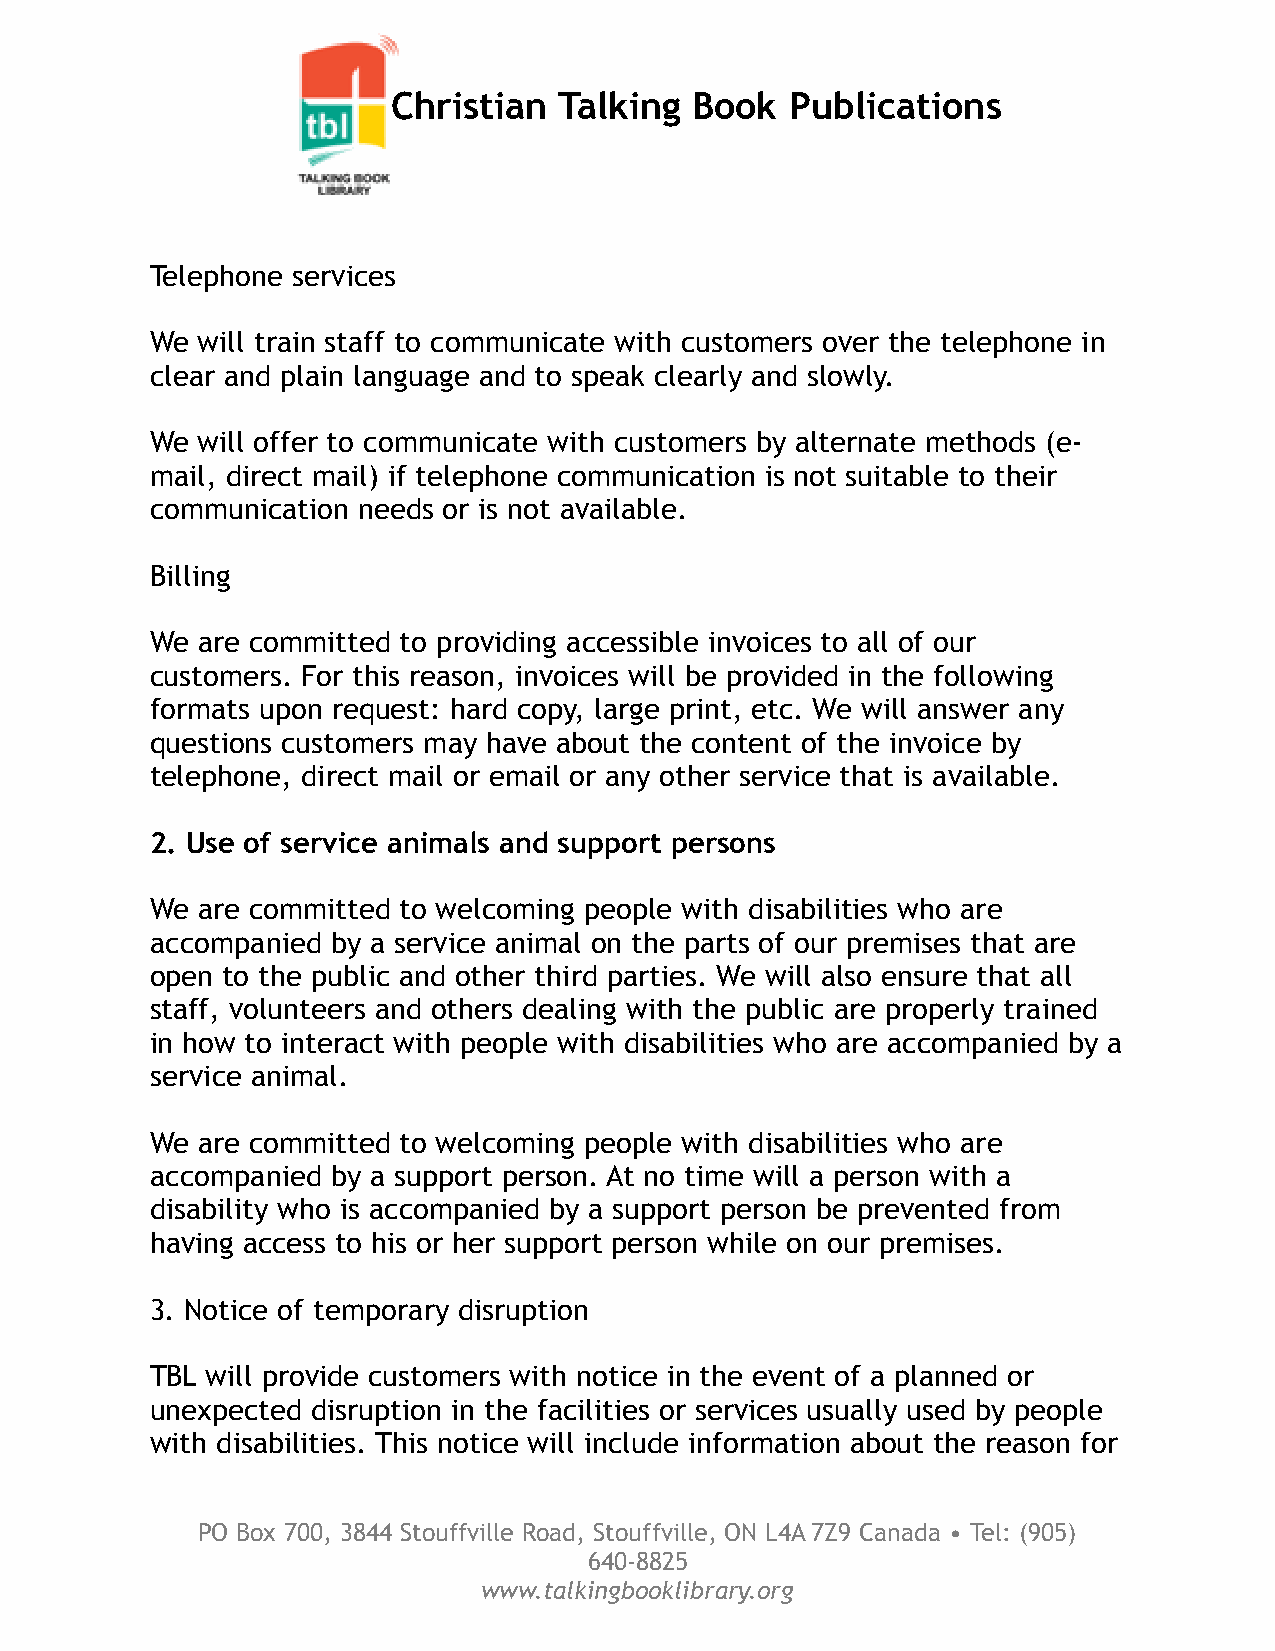
Christian  Talking  Book  Publications
 Telephone services
 We will train staff to communicate with customers over the telephone in
 clear and plain language and to speak clearly and slowly.
 We will offer to communicate with customers by alternate methods (e-
 mail, direct mail) if telephone communication is not suitable to their
 communication needs or is not available.
 Billing
 We are committed to providing accessible invoices to all of our
 customers. For this reason, invoices will be provided in the following
 formats upon request: hard copy, large print, etc. We will answer any
 questions customers may have about the content of the invoice by
 telephone, direct mail or email or any other service that is available.
 2. Use of service animals and support persons
 We are committed to welcoming people with disabilities who are
 accompanied by a service animal on the parts of our premises that are
 open to the public and other third parties. We will also ensure that all
 staff, volunteers and others dealing with the public are properly trained
 in how to interact with people with disabilities who are accompanied by a
 service animal.
 We are committed to welcoming people with disabilities who are
 accompanied by a support person. At no time will a person with a
 disability who is accompanied by a support person be prevented from
 having access to his or her support person while on our premises.
 3. Notice of temporary disruption
 TBL will provide customers with notice in the event of a planned or
 unexpected disruption in the facilities or services usually used by people
 with disabilities. This notice will include information about the reason for
 PO Box 700, 3844 Stouffville Road, Stouffville, ON L4A 7Z9 Canada • Tel: (905)
 640-8825
 www.talkingbooklibrary.org